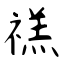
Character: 禚